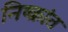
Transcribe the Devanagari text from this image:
निष्क्रांत